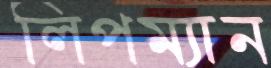
লিপম্যান